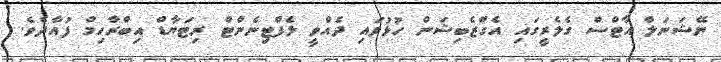
ނޭޝަނަލް އާޓްސް ގެލެރީގައި އެގްޒެބިޝަން ހުޅުވައި ދެއްވީ ލެފްޓިނެންޓް ރިޓަޔާޑް އިބްރާހިމް ފުއާދެވެ.